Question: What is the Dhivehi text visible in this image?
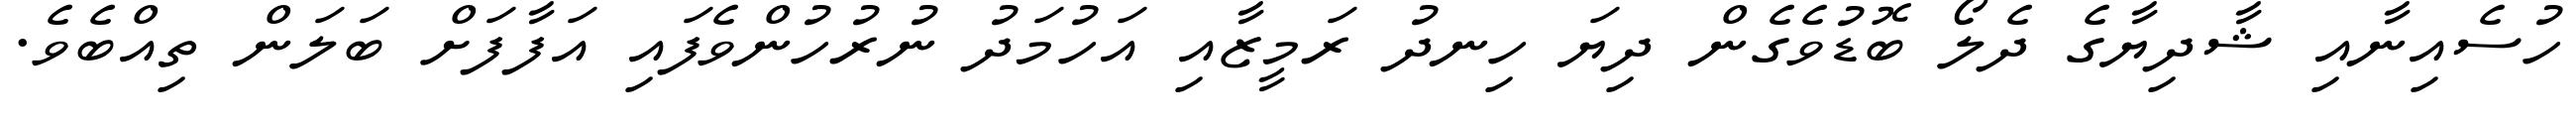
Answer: ހުސެއިނާއި ޝާދިޔާގެ ދެލޯ ބޮޑުވެގެން ދިޔަ ހިނދު ރަމީޒާއި އަހުމަދު ނުރުހުންވެފައި އަފާފަށް ބަލަން ތިއްބެވެ.